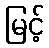
မြင့်